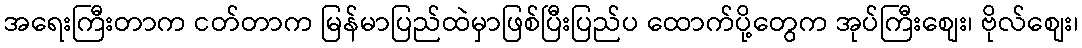
အရေးကြီးတာက ငတ်တာက မြန်မာပြည်ထဲမှာဖြစ်ပြီးပြည်ပ ထောက်ပို့တွေက အုပ်ကြီးစျေး၊ ဗိုလ်စျေး၊